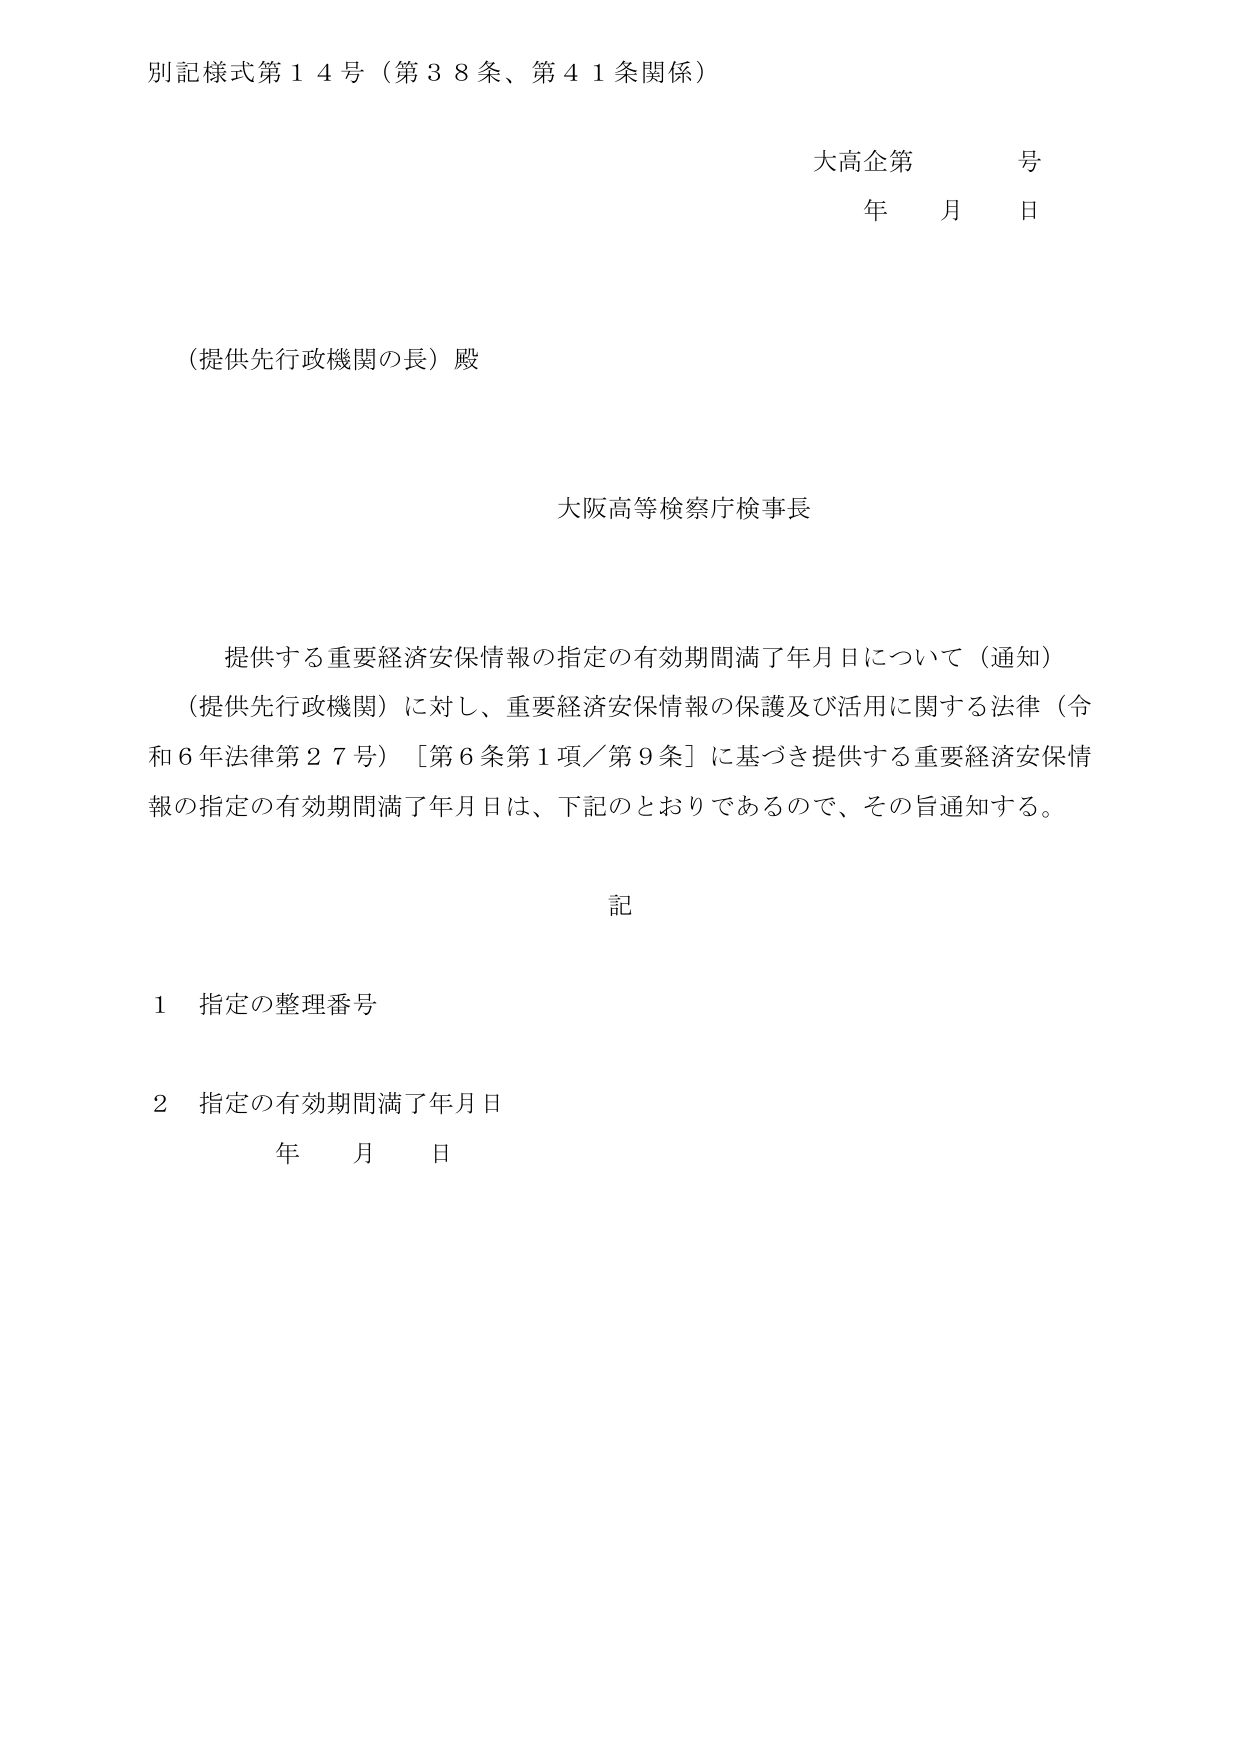
別記様式第１４号（第３８条、第４１条関係）

大高企第　　号
年　　月　　日

（提供先行政機関の長）殿

大阪高等検察庁検事長

提供する重要経済安保情報の指定の有効期間満了年月日について（通知）
（提供先行政機関）に対し、重要経済安保情報の保護及び活用に関する法律（令和６年法律第２７号）［第６条第１項／第９条］に基づき提供する重要経済安保情報の指定の有効期間満了年月日は、下記のとおりであるので、その旨通知する。

記

１　指定の整理番号

２　指定の有効期間満了年月日
　　年　　月　　日